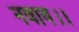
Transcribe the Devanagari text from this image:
नवाय।।